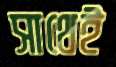
সাথেই